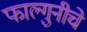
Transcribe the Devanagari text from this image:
फाल्गुनीचे